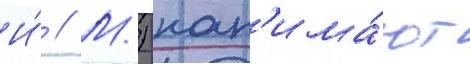
И́ // М.) нан'има́ют